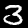
Digit: 3